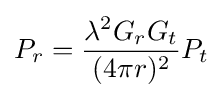
P_{r}={\frac {\lambda ^{2}G_{r}G_{t}}{(4\pi r)^{2}}}P_{t}